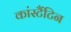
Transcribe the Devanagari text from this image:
कांस्टैंटिन